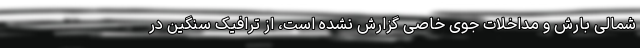
شمالی بارش و مداخلات جوی خاصی گزارش نشده است، از ترافیک سنگین در